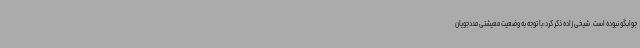
جوابگو نبوده است. شیخی زاده ذکر کرد:با توجه به وضعیت معیشتی مددجویان